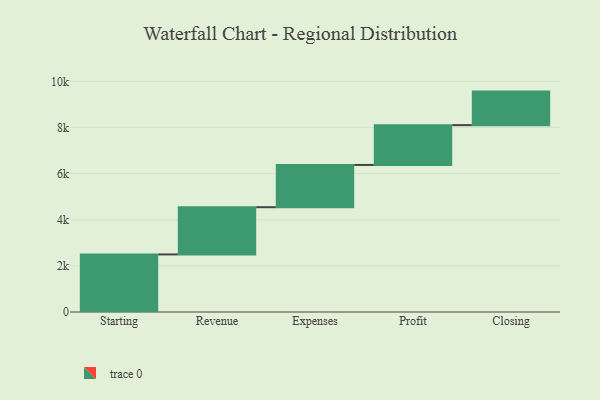
{"axis": {"x": "Step", "y": "Value"}, "legend": [""], "data": [{"x": "Starting", "y": 2496.0, "type": ""}, {"x": "Revenue", "y": 2047.0, "type": ""}, {"x": "Expenses", "y": 1832.0, "type": ""}, {"x": "Profit", "y": 1726.0, "type": ""}, {"x": "Closing", "y": 1454.0, "type": ""}]}